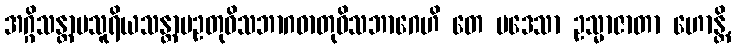
အဂ္ဂိသန္တာပသူရိယသန္တာပဥတုဝိသဘာဂဓာတုဝိသဘာဂေဟိ တေ ပဒေသာ ဥသ္မာဇာတာ ဟောန္တိ,